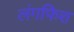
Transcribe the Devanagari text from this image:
लंगफिश